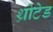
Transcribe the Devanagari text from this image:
थ्रोटेड